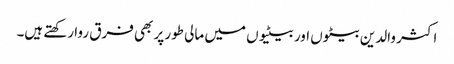
اکثر والدین بیٹوں اور بیٹیوں میں مالی طور پر بھی فرق روا رکھتے ہیں۔